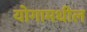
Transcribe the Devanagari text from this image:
योगामधील